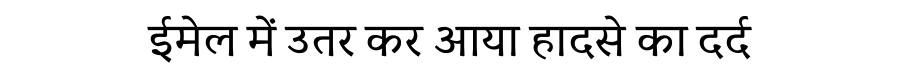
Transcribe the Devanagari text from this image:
ईमेल में उतर कर आया हादसे का दर्द